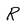
Character: R